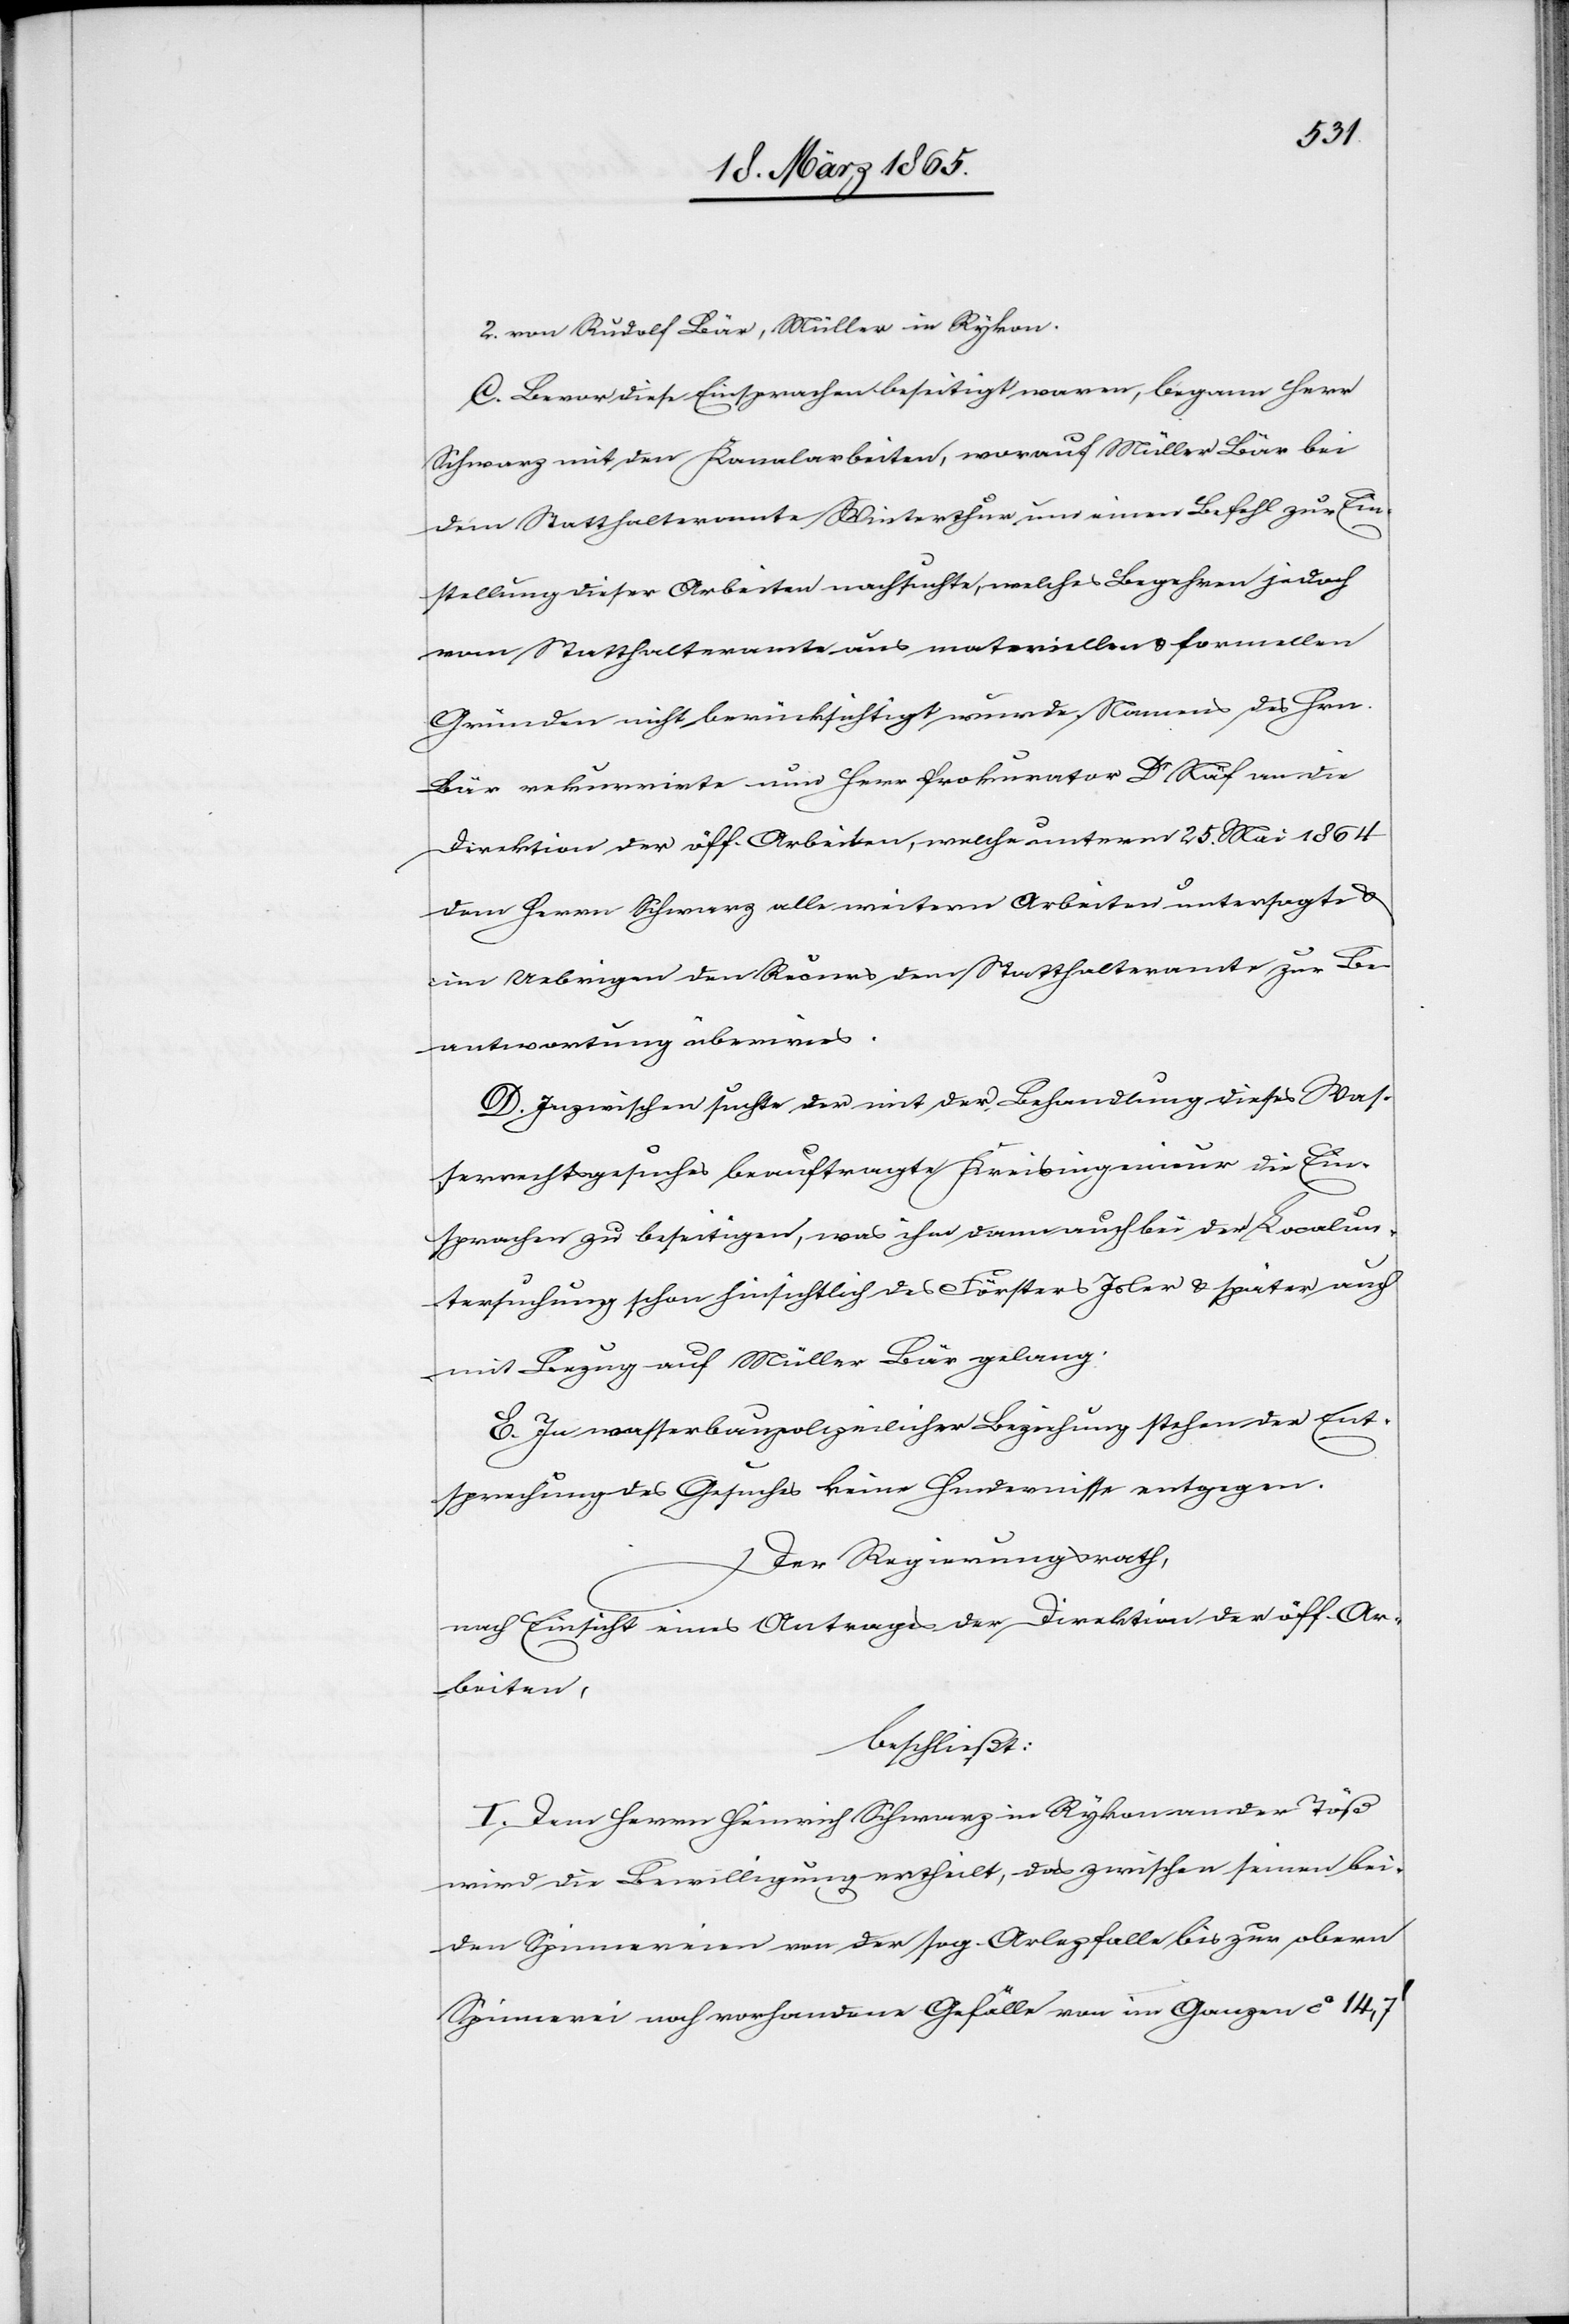
2. von Rudolf Bär, Müller in Rykon.
C. Bevor diese Einsprachen beseitigt waren, begann Herr
Schwarz mit den Kanalarbeiten, worauf Müller Bär bei
dem Statthalteramte Winterthur um einen Befehl zur Ein¬
stellung dieser Arbeiten nachsuchte, welches Begehren jedoch
vom Statthalteramte aus materiellen & formellen
Gründen nicht berücksichtigt wurde. Namens des Hrn.
Bär rekurrirte nun Herr Prokurator Dr Näf an die
Direktion der öff. Arbeiten, welche unterm 25. Mai 1864
dem Herrn Schwarz alle weitern Arbeiten untersagte &
im Uebrigen den Recurs dem Statthalteramte zur Be¬
antwortung überwies.
D. Inzwischen suchte der mit der Behandlung dieses Was¬
serrechtsgesuches beauftragte Kreisingenieur die Ein¬
sprachen zu beseitigen, was ihm dann auch bei der Localun¬
tersuchung schon hinsichtlich des Försters Isler & später auch
mit Bezug auf Müller Bär gelang.
E. In wasserbaupolizeilicher Beziehung stehender Ent¬
sprechung des Gesuches keine Hindernisse entgegen.
Der Regierungsrath,
nach Einsicht eines Antrages der Direktion der öff. Ar¬
beiten,
beschließt:
I. Dem Herrn Heinrich Schwarz in Rykon an der Töß
wird die Bewilligung ertheilt, das zwischen seinen bei¬
den Spinnereien von der sog. Arlezfalle bis zur obern
Spinnerei noch vorhandene Gefälle von im Ganzen ca 14,7’